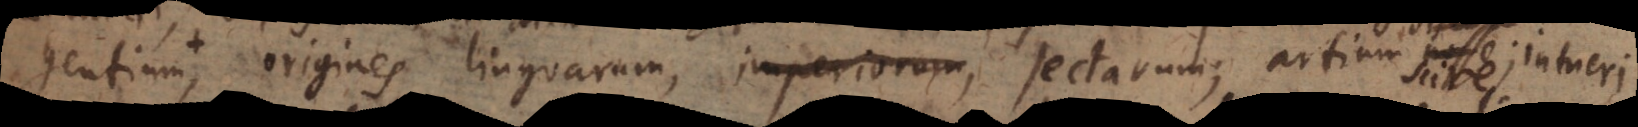
gentium, origines linguarum, imperiorum, sectarum, artium nosse discere;